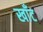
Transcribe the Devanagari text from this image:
खाँट